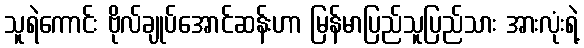
သူရဲကောင်း ဗိုလ်ချုပ်အောင်ဆန်းဟာ မြန်မာပြည်သူပြည်သား အားလုံးရဲ့